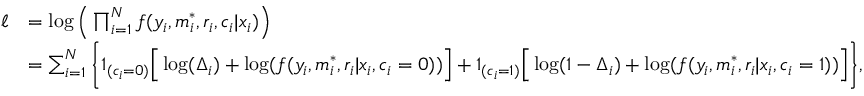
\begin{array} { r l } { \ell } & { = \log \Big ( \prod _ { i = 1 } ^ { N } f ( y _ { i } , m _ { i } ^ { * } , r _ { i } , c _ { i } | x _ { i } ) \Big ) } \\ & { = \sum _ { i = 1 } ^ { N } \Bigg \{ 1 _ { ( c _ { i } = 0 ) } \Big [ \log ( \Delta _ { i } ) + \log ( f ( y _ { i } , m _ { i } ^ { * } , r _ { i } | x _ { i } , c _ { i } = 0 ) ) \Big ] + 1 _ { ( c _ { i } = 1 ) } \Big [ \log ( 1 - \Delta _ { i } ) + \log ( f ( y _ { i } , m _ { i } ^ { * } , r _ { i } | x _ { i } , c _ { i } = 1 ) ) \Big ] \Bigg \} , } \end{array}